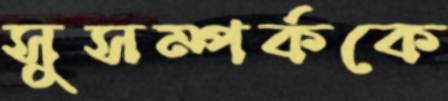
সুসম্পর্ককে